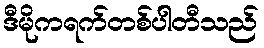
ဒီမိုကရက်တစ်ပါတီသည်